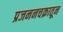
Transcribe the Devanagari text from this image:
प्रजननचक्रातून